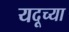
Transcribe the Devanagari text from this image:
यदूच्या